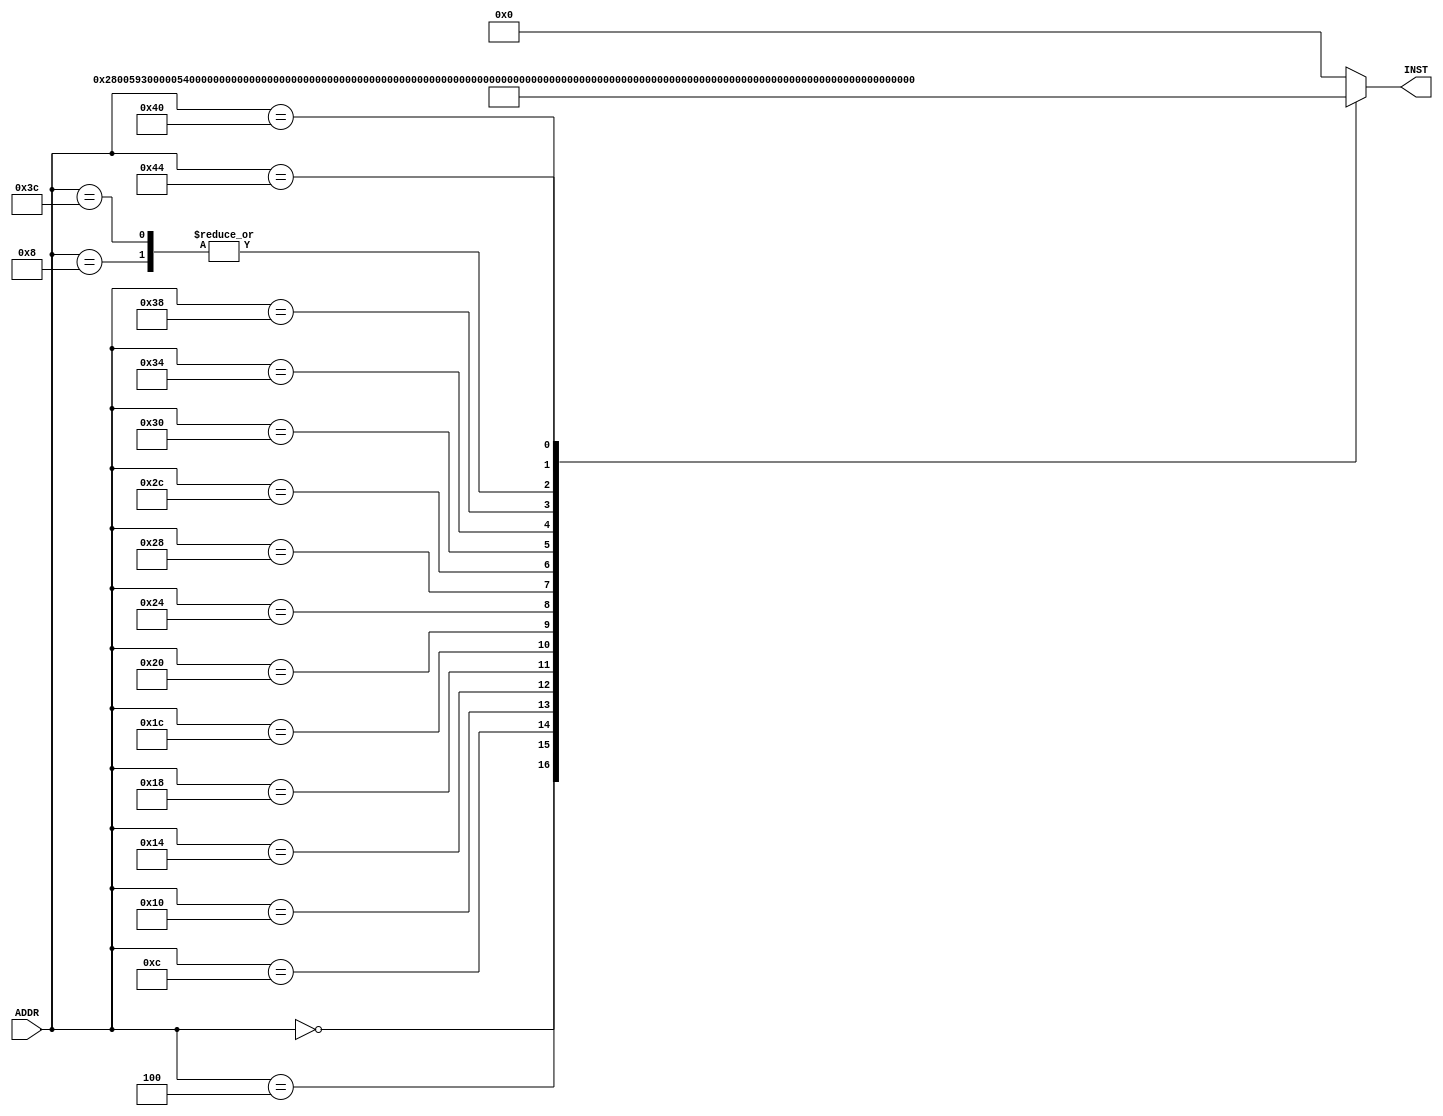
module Vr_inst_mem(ADDR, INST);
  input [31:0] ADDR;
  output reg [31:0] INST;

  always @ (ADDR)
  begin
    case(ADDR)
        0: INST = 32'h02800593; //add a0, zero, zero
        4: INST = 32'h00000533; 
        8: INST = 32'h00000333; //  addt1, zero, zero 
       12: INST = 32'h000002b3; //add t0, zero, zero 
       16: INST = 32'H006003B3; //add  t2, zero, t1  
       20: INST = 32'h00430313; //addi  t1, t1, 4  
       24: INST = 32'h00530e33; //add t3, t1, t0   
       28: INST = 32'h04be0063; //beq t3, a1, .TLOOP  
       32: INST = 32'h0003A503; //lwa0, 0(t2)
       36: INST = 32'h0021D503; //  lw a2, 4(t2)
       40: INST = 32'h00A64863; //  blt a2, a0, .SWAP  
       44: INST = 32'hfcb344e3; //bltt1, a1, .LOOP   
       48: INST = 32'h00a3a223; //  sw a0, 4(t2)  
       52: INST = 32'h00c3a023; //  sw a2, 0(t2)
       56: INST = 32'hfaa648e3; //  blt a2, a0, .LOOP
       60: INST = 32'h00000333; //addt1, zero, zero  
       64: INST = 32'h00428293; //addi t0, t0, 4  
       68: INST = 32'hf8b2cce3; //  blt to, a1, .LOOP
      //  68: INST = 32'h00a54533; //xor a0, a0, a0
      //  72: INST = 32'h00008067; //jalrzero, 0(ra)
        default: INST = 32'h00000000;
  // 0001 00011 101 01010 0000011
    endcase
  end
endmodule